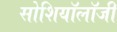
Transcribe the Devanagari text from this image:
सोशियॉलॉजी